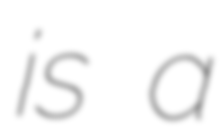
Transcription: is a